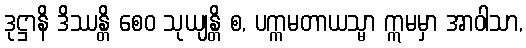
ဒုဋ္ဌာနိ ဒိဿန္တိ စေဝ သုယျန္တိ စ, ပက္ကမတာယသ္မာ ဣမမှာ အာဝါသာ,